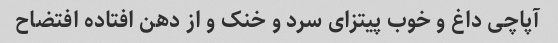
آپاچی داغ و خوب پیتزای سرد و خنک و از دهن افتاده افتضاح